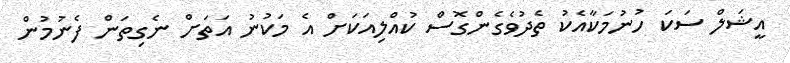
އީޝަލް ސަކަ ހުނުމަކާއެކު ތެދުވެގެންގޮސް ކުއްލިއަކަށް އެ މަކުނު އަތަށް ނެގިތަން ފެނުމުން